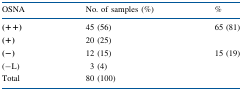
<table><thead><tr><td><b>OSNA</b></td><td><b>No. of samples (%)</b></td><td><b>%</b></td></tr></thead><tbody><tr><td><b>(++)</b></td><td>45 (56)</td><td rowspan="2">65 (81)</td></tr><tr><td><b>(+)</b></td><td>20 (25)</td></tr><tr><td><b>(−)</b></td><td>12 (15)</td><td rowspan="2">15 (19)</td></tr><tr><td>(−L)</td><td>3 (4)</td></tr><tr><td>Total</td><td>80 (100)</td><td>[EMPTY_CELL]</td></tr></tbody></table>